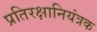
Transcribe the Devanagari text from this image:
प्रतिरक्षानियंत्रक